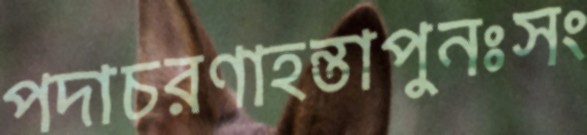
পদাচরণাহন্তাপুনঃসং